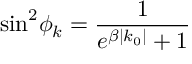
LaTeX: \sin ^ { 2 } \! \phi _ { k } = \frac { 1 } { e ^ { \beta | k _ { 0 } | } + 1 }